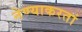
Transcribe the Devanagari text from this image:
नेण्याकरतां